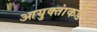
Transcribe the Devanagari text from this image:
आयुक्‍तांकडे